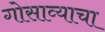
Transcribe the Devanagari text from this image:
गोसाव्याचा